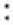
: